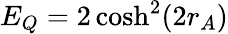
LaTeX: E_{Q}=2\cosh^{2}(2r_{A})